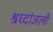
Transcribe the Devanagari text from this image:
श्रध्दांजली